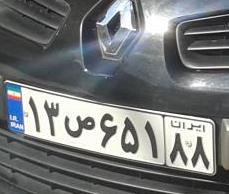
۱۳ص۶۵۱۸۸